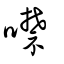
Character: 噤